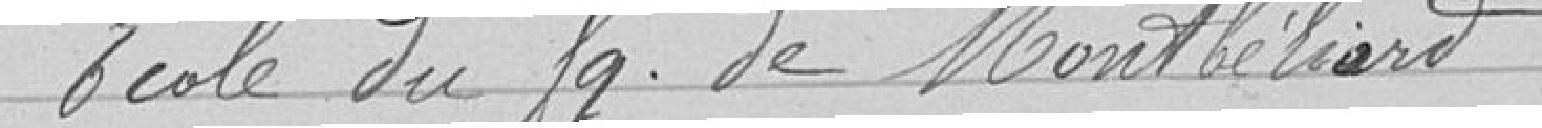
Ecole du fg. de Montbéliard